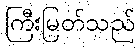
ကြီးမြတ်သည်